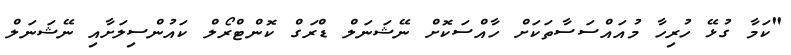
"ކަމާ ގުޅޭ ހުރިހާ މުއައްސަސާތަކަށް ހާއްސަކޮށް ނޭޝަނަލް ޑްރަގް ކޮންޓްރޯލް ކައުންސިލަށާއި ނޭޝަނަލް